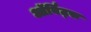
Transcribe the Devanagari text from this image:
ऑर्बिट्स